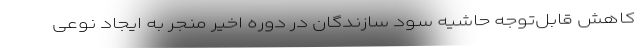
کاهش قابل‌توجه حاشیه سود سازندگان در دوره اخیر منجر به ایجاد نوعی